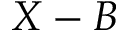
X - B